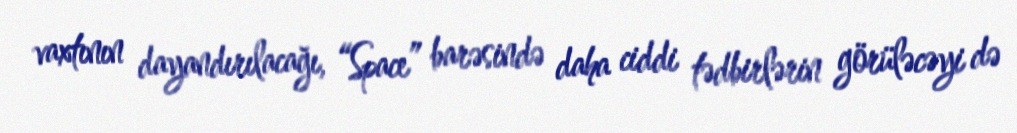
vaxtının dayandırılacağı, “Space” barəsində daha ciddi tədbirlərin görüləcəyi də